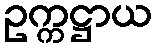
ဥက္ကဋ္ဌာယ